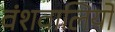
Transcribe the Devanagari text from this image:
वंशवालियों